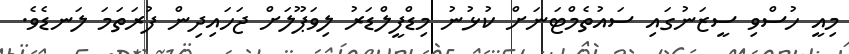
މިއީ ހުސްވި ސީޒަނުގައި ސައުތެމްޓަނަށް ކުޅުނު މިޑްފީލްޑަރު ލިވަޕޫލަށް ޖަހައިދިން ފުރަތަމަ ލަނޑެވެ.